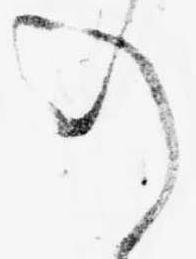
の